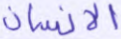
الإنسان